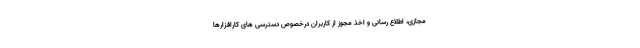
مجازی، اطلاع رسانی و اخذ مجوز از کاربران درخصوص دسترسی های کارافزارها